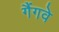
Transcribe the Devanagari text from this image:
गैंगवे